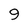
Character: 3